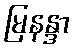
မြနန္ဒာ